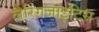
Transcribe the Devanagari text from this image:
लैरिंगजाइटिस